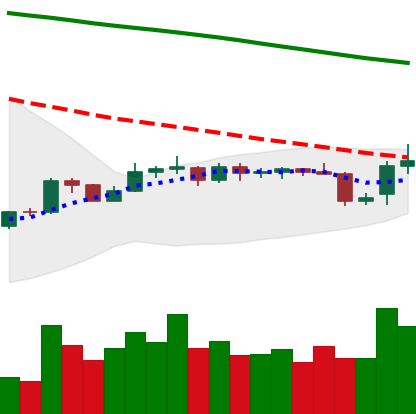
Ticker: BNB-USD
Chart end date: 2019-10-26
Forward return: 5.879%
Label: up_5_7